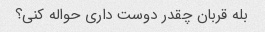
بله قربان چقدر دوست داری حواله کنی؟